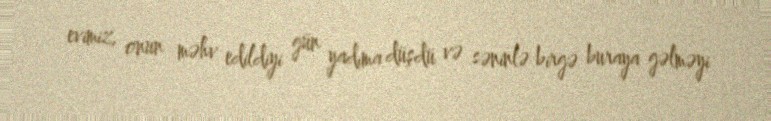
evimiz, onun məhv edildiyi gün yadıma düşdü və səninlə birgə buraya gəlməyi